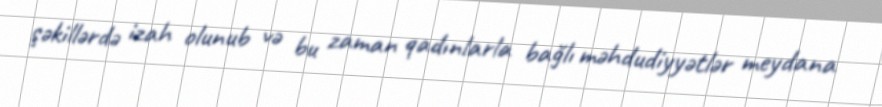
şəkillərdə izah olunub və bu zaman qadınlarla bağlı məhdudiyyətlər meydana